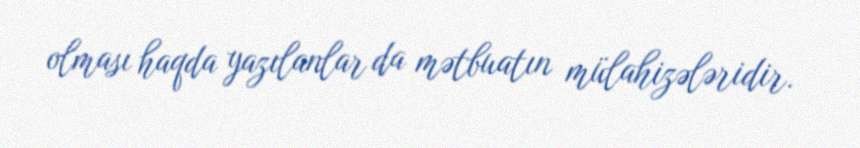
olması haqda yazılanlar da mətbuatın mülahizələridir.